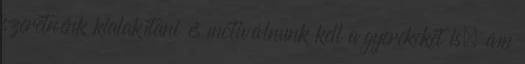
szeretnénk kialakítani és motiválnunk kell a gyerekeket is, ám